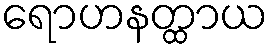
ရောဟနတ္ထာယ